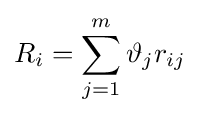
R_{i}=\sum _{j=1}^{m}\vartheta _{j}r_{ij}